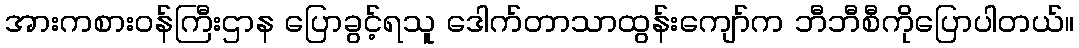
အားကစားဝန်ကြီးဌာန ပြောခွင့်ရသူ ဒေါက်တာသာထွန်းကျော်က ဘီဘီစီကိုပြောပါတယ်။